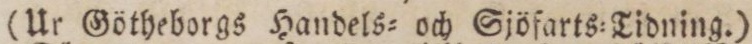
(Ur Götheborgs Handels= och Sjöfarts-Tidning.)